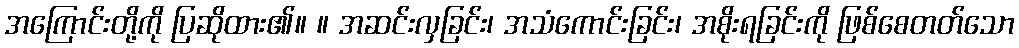
အကြောင်းတို့ကို ပြဆိုထား၏။ ။ အဆင်းလှခြင်း၊ အသံကောင်းခြင်း၊ အစိုးရခြင်းကို ဖြစ်စေတတ်သော